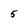
Character: 5